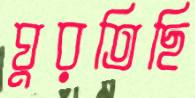
ঘুরতিছি